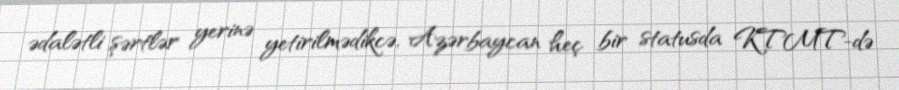
ədalətli şərtlər yerinə yetirilmədikcə, Azərbaycan heç bir statusda KTMT-də